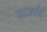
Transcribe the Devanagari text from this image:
काअर्यर्त्